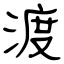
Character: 渡